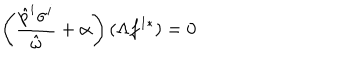
\left( \frac { \hat { p } ^ { i } \sigma ^ { i } } { \hat { \omega } } + \alpha \right) ( \Lambda f ^ { 1 * } ) = 0